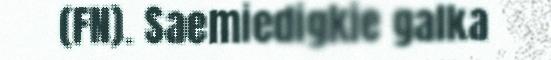
(FN). Saemiedigkie galka